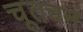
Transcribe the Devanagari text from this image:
चूतवनं